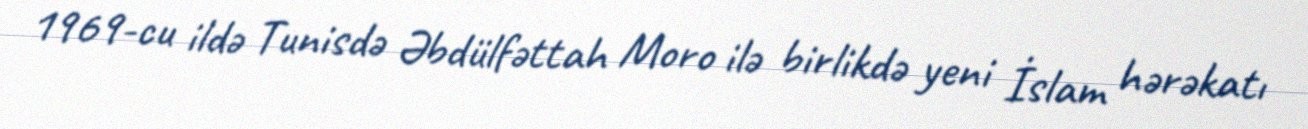
1969-cu ildə Tunisdə Əbdülfəttah Moro ilə birlikdə yeni İslam hərəkatı